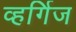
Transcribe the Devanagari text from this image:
व्हर्गिज